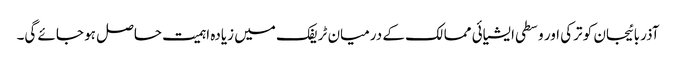
آذربائیجان کو ترکی اور وسطی ایشیائی ممالک کے درمیان ٹریفک میں زیادہ اہمیت حاصل ہو جائے گی۔